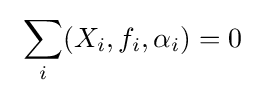
\ \sum _{i}(X_{i},f_{i},\alpha _{i})=0